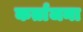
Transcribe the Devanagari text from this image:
कर्ताजना